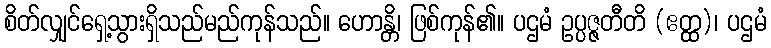
စိတ်လျှင်ရှေ့သွားရှိသည်မည်ကုန်သည်။ ဟောန္တိ၊ ဖြစ်ကုန်၏။ ပဌမံ ဥပ္ပဇ္ဇတီတိ (ဧတ္ထ)၊ ပဌမံ